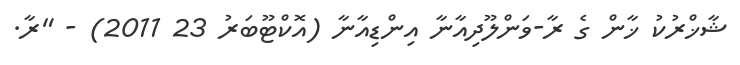
ޝާޚްރުކު ޚާން ގެ ރާ-ވަންލޫދިއާނާ އިންޑިއާނާ (އޮކްޓޫބަރު 23 2011) - "ރާ.